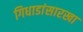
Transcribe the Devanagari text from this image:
गिधाडांसारखा